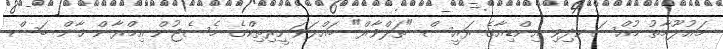
މައުލޫމާތު މުއްސަނދިވި އިންޑިއާގެ ރައީސް "ތަލްވާރް" ބައްލަވަނީރިތިކްގެ މެސެޖުން އިމްރާން ޚާން ބަސް